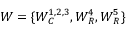
\boldsymbol { W } = \{ \boldsymbol { W } _ { C } ^ { 1 , 2 , 3 } , \boldsymbol { W } _ { R } ^ { 4 } , \boldsymbol { W } _ { R } ^ { 5 } \}